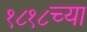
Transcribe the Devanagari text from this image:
१८१८च्या